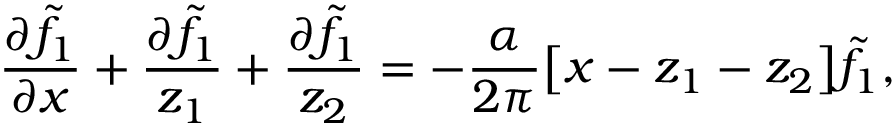
\frac { \partial \tilde { f } _ { 1 } } { \partial x } + \frac { \partial \tilde { f } _ { 1 } } { z _ { 1 } } + \frac { \partial \tilde { f } _ { 1 } } { z _ { 2 } } = - \frac { \alpha } { 2 \pi } \big [ x - z _ { 1 } - z _ { 2 } \big ] \tilde { f } _ { 1 } ,